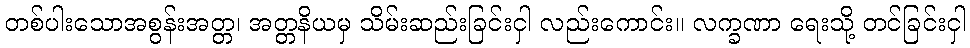
တစ်ပါးသောအစွန်းအတ္တ၊ အတ္တနိယမှ သိမ်းဆည်းခြင်းငှါ လည်းကောင်း။ လက္ခဏာ ရေးသို့ တင်ခြင်းငှါ